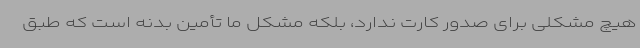
هیچ مشکلی برای صدور کارت ندارد، بلکه مشکل ما تأمین بدنه است که طبق